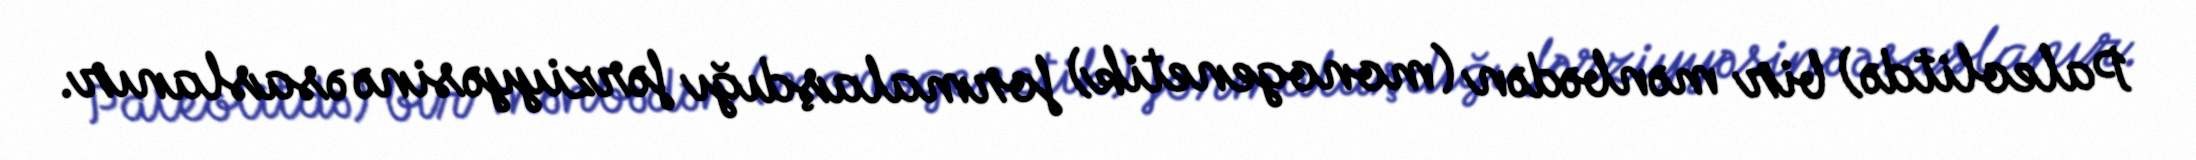
Paleolitdə) bir mənbədən (monogenetik) formalaşdığı fərziyyəsinə əsaslanır.